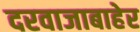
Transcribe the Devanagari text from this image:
दरवाजाबाहेर